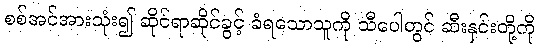
စစ်အင်အားသုံး၍ ဆိုင်ရာဆိုင်ခွင့် ခံရသောသူကို သီပေါတွင် ဆီးနှင်းတို့ကို